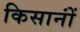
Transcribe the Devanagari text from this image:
किसानोंं